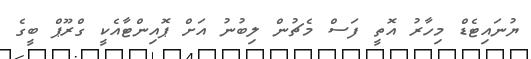
ޔުނައިޓެޑް މިހާރު އޮތީ ފަސް މެޗުން ލިބުނު އަށް ޕޮއިންޓާއެކީ ގްރޫޕް ބީގެ